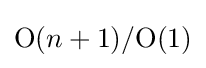
\mathrm {O} (n+1)/\mathrm {O} (1)